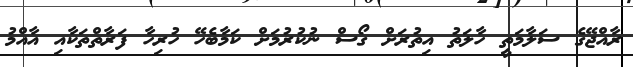
ރާއްޖޭގެ ސަލާމަތީ ހާލަތު އިތުރަށް ގޯސް ނުކުރުމަށް ކަމާބެހޭ ހުރިހާ ފަރާތްތަކާއި އާއްމު